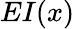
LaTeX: EI(x)